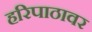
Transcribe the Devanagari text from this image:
हरिपाठावर